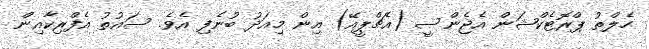
ހެލްތު ޕްރޮޓެކްޝަން އެޖެންސީ (އެޗްޕީއޭ) އިން މިއަދު ބުނެފި އެވެ. ސައުތު އެފްރިކާއިން